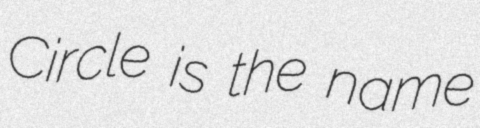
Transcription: Circle is the name